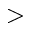
>